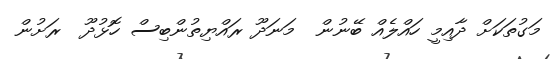
މަގުތަކަށް ދާއިމީ ހައްލެއް ބޭނުން  މަނަދޫ ރައްޔިތުންބިސް ހޮޅުދޫ  ރަށުން